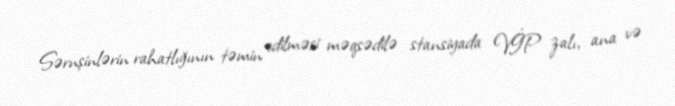
Sərnşinlərin rahatlığının təmin edilməsi məqsədilə stansiyada VİP zalı, ana və